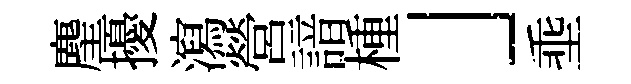
麈擾瀉營諳㮔」埀